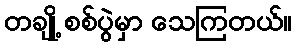
တချို့ စစ်ပွဲမှာ သေကြတယ်။